Mental hospitals Bombay report 1929-33 - 1929-1933
Year: 1929
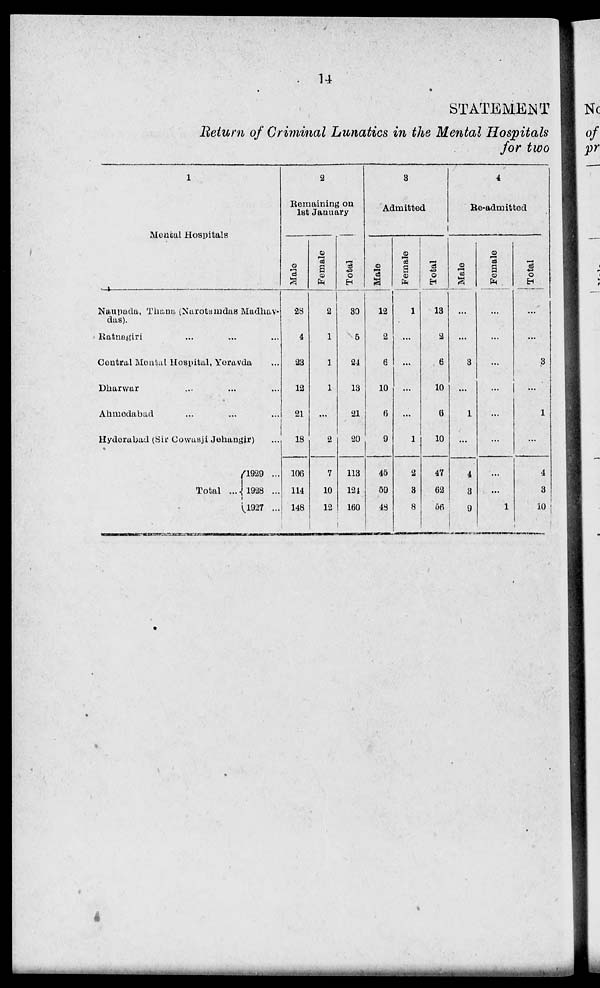
14
STATEMENT
Return of Criminal Lunatics in the Mental Hospitals
for two
1
Mental Hospitals
Naupada, Thana (Narotamdas Madhav-
das).
Ratnagiri ... ... ..
Central Mental Hospital, Yeravda ...
Dharwar ... ... ..
Ahmedabad ... ... ..
Hyderabad (Sir Cowasji Jehangir) ...
Total ...
1929 ...
1928 ...
1927 ...
2
Remaining on
1st January
Male
28
4
23
12
21
18
106
114
148
Female
2
1
1
1
...
2
7
10
12
Total
30
5
24
13
21
20
113
124
160
3
Admitted
Male
12
2
6
10
6
9
45
59
48
Female
1
...
...
...
...
1
2
3
8
Total
13
2
6
10
6
10
47
62
56
4
Re-admitted
Male
...
...
3
...
1
...
4
3
9
Female
...
...
...
...
...
...
...
1
Total
...
...
3
...
1
...
4
3
10